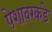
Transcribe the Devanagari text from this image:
पेशावरकडे